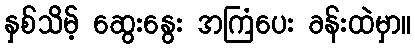
နှစ်သိမ့် ဆွေးနွေး အကြံပေး ခန်းထဲမှာ။